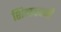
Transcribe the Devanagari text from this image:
शिवाबवनी